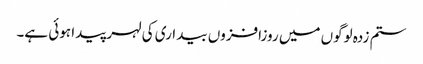
ستم زدہ لوگوں میں روزافزوں بیداری کی لہر پیدا ہوئی ہے۔